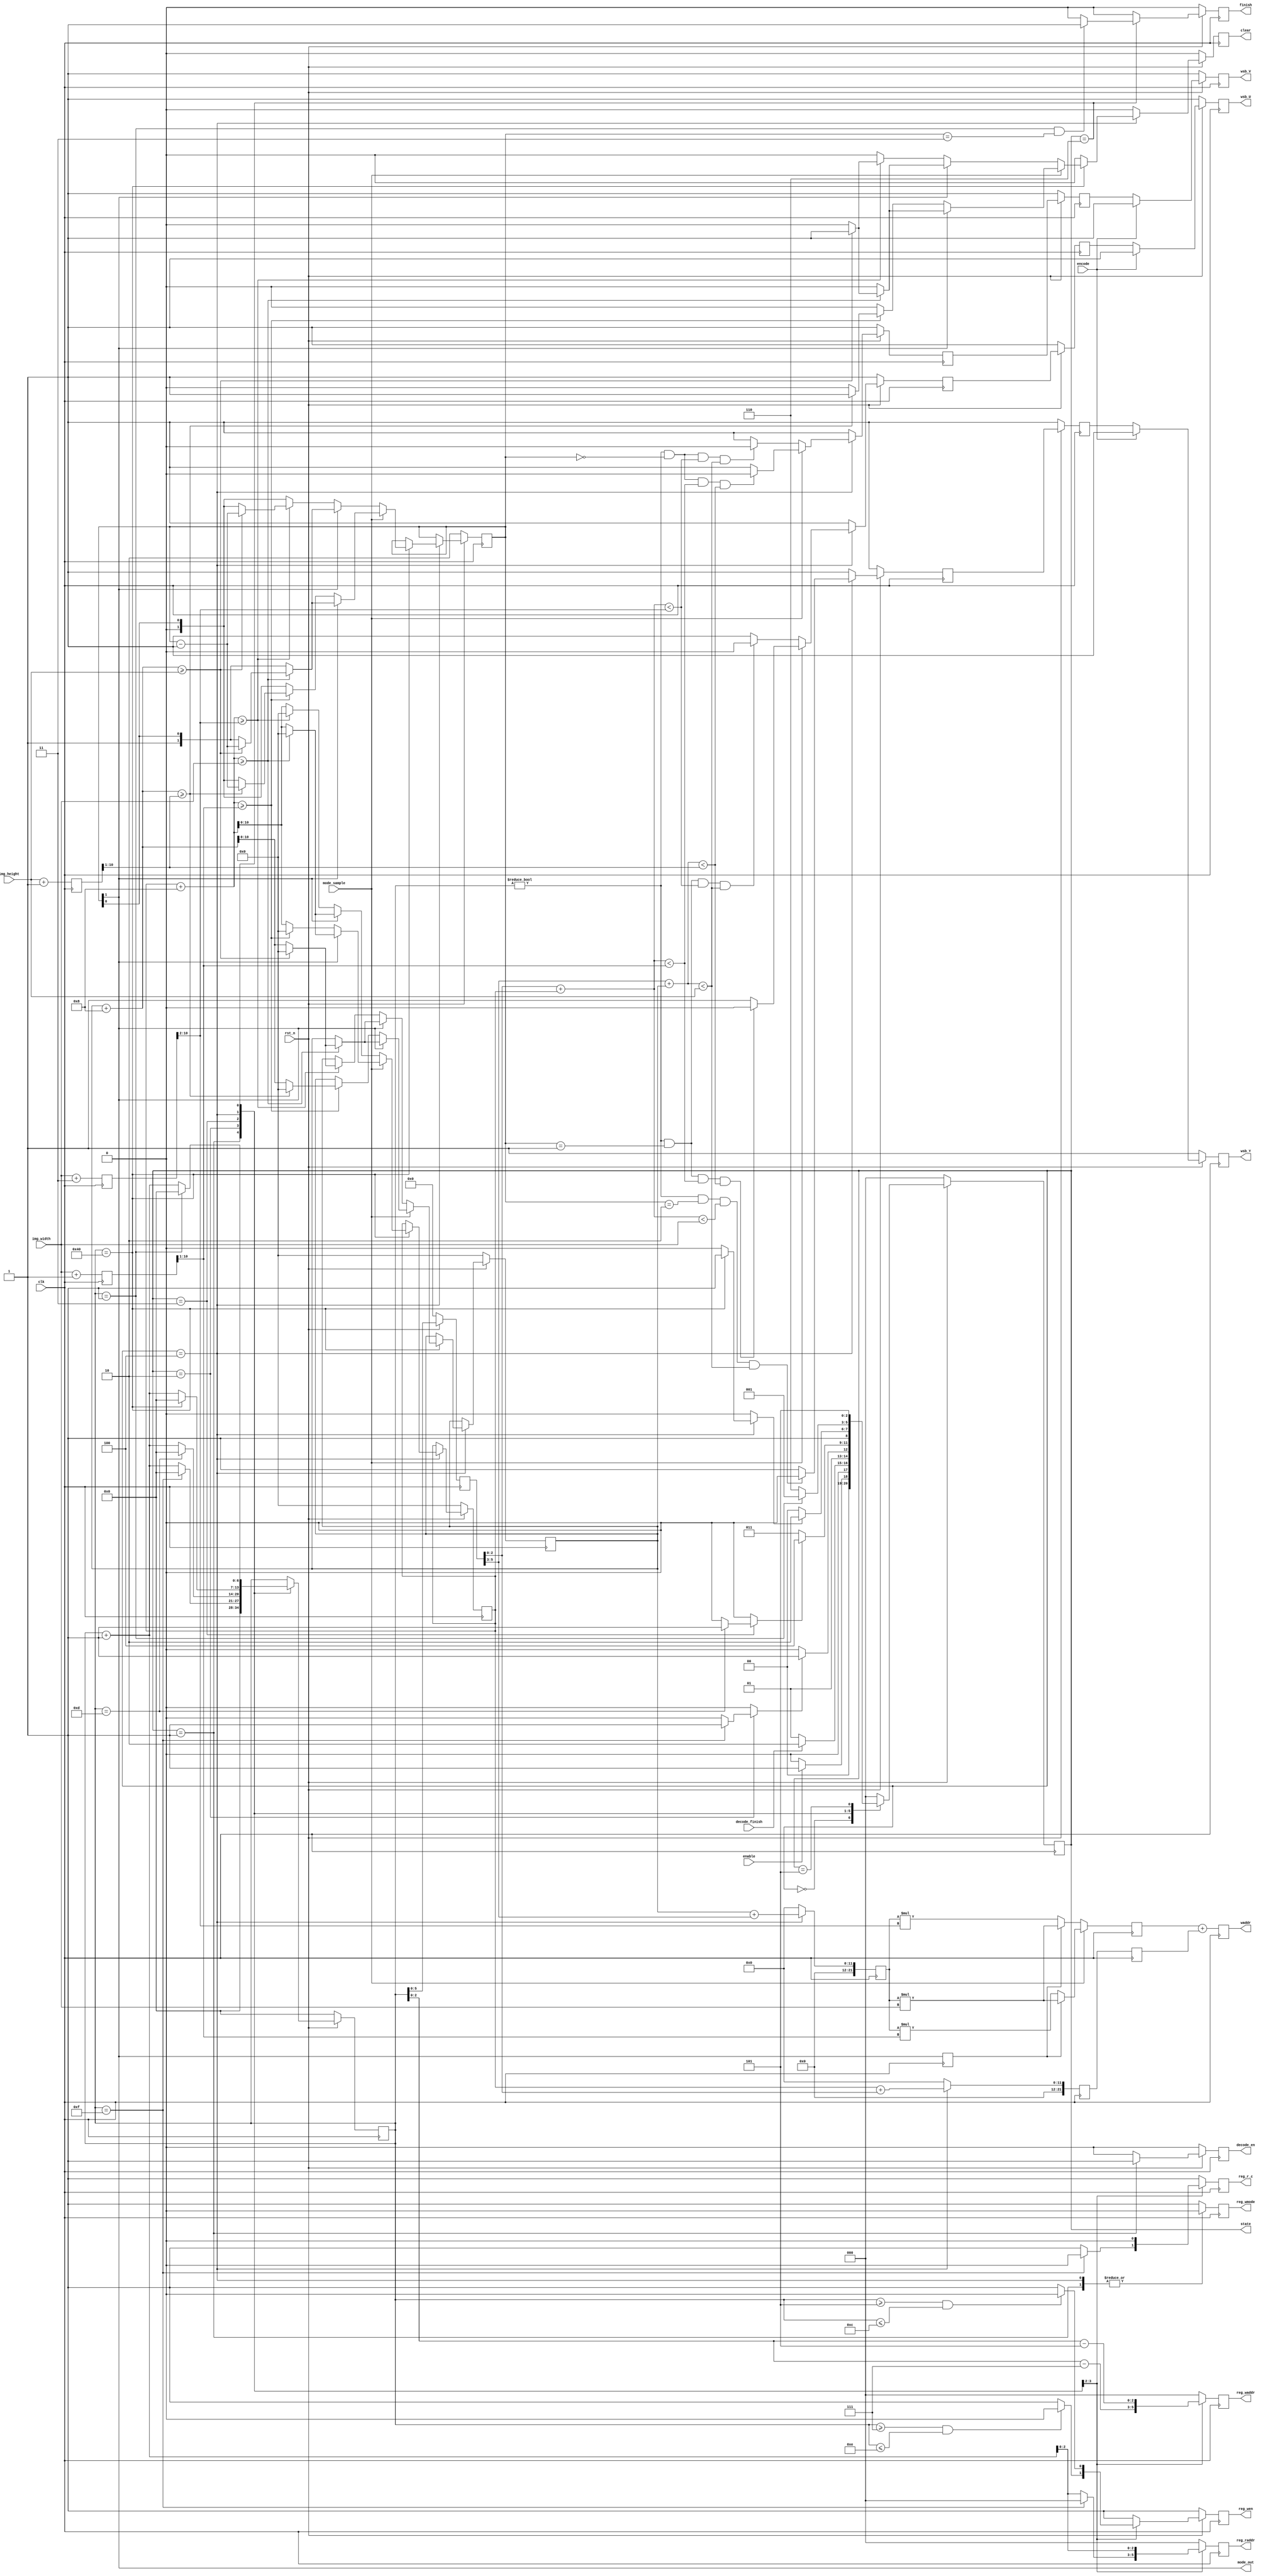
module control_de
#(
parameter SRAM_ADDR_W  = 22,
parameter IMG_SIZE     = 11
)
(
input clk,
input rst_n,
input enable,
input encode,
input mode_sample,
input decode_finish,
input [IMG_SIZE-1:0] img_width,
input [IMG_SIZE-1:0] img_height,

output reg [2:0] state,
output reg decode_en,
output reg reg_wen,
output reg reg_r_c,
output reg reg_wmode,
output reg [2:0] reg_raddr,
output reg [2:0] reg_waddr,
output reg wsb_Y,
output reg wsb_U,
output reg wsb_V,
output reg [SRAM_ADDR_W-1:0] waddr,
output reg finish,
output reg mode_out,
output reg clear
);

localparam IDLE = 3'd0, DECO = 3'd1, IDCT1 = 3'd2, IDCT2 = 3'd3, WRITE = 3'd4, FINI = 3'd5, WAIT = 3'd6;

reg [2:0] nstate;
reg nreg_wen;
reg nreg_r_c;
reg nreg_wmode;
reg [2:0] nreg_raddr;
reg [2:0] nreg_waddr;
reg IDCT1_done;
reg IDCT2_done;
reg WRITE_done;
reg nwsb_Y, nnwsb_Y, nnnwsb_Y;
reg nwsb_U, nnwsb_U, nnnwsb_U;
reg nwsb_V, nnwsb_V, nnnwsb_V;
reg [SRAM_ADDR_W-1:0] nwaddr1, nwaddr2;
reg [SRAM_ADDR_W-1:0] nnwaddr1, nnwaddr2, nnwaddr1_o;
reg [SRAM_ADDR_W-1:0] nnnwaddr1, nnnwaddr2;
reg nfinish;
reg ndecode_en;
reg [1:0] mode, nmode;        // 10: Y, 01: U, 00: V
reg [6:0] cnt, ncnt, cnt_d;
reg mode_out_d;
reg [IMG_SIZE-1:0] cnt_block_row, cnt_block_row_nx;
reg [IMG_SIZE-1:0] cnt_block_col, cnt_block_col_nx;
reg clear_nx;

reg [IMG_SIZE-1:0] img_width_1, img_width_1_nx;
reg [IMG_SIZE-1:0] img_width_2, img_width_2_nx;
reg [IMG_SIZE-1:0] img_height_2, img_height_2_nx;

always@(posedge clk) begin
  if(~rst_n) state <= IDLE;
  else state <= nstate;
end

always@(posedge clk) begin
  if(~rst_n) begin
	cnt <= 0;
	wsb_Y <= 1;
	wsb_U <= 1;
	wsb_V <= 1;
	nnwsb_Y <= 1;
	nnwsb_U <= 1;
	nnwsb_V <= 1;
	nnnwsb_Y <= 1;
	nnnwsb_U <= 1;
	nnnwsb_V <= 1;
	finish <= 0;
	decode_en <= 0;
	mode <= 2;
	cnt_block_row <= 0;
	cnt_block_col <= 0;
	cnt_d <= 0;
	clear <= 0;
  end
  else begin
	cnt <= ncnt;
	cnt_d <= cnt;
	wsb_Y <= encode ? 1 : nnnwsb_Y;
	wsb_U <= encode ? 1 : nnnwsb_U;
	wsb_V <= encode ? 1 : nnnwsb_V;
	nnnwsb_Y <= nnwsb_Y;
	nnnwsb_U <= nnwsb_U;
	nnnwsb_V <= nnwsb_V;	
	nnwsb_Y <= nwsb_Y;
	nnwsb_U <= nwsb_U;
	nnwsb_V <= nwsb_V;
	finish <= nfinish; 
	decode_en <= ndecode_en;
        mode <= nmode;
	cnt_block_row <= cnt_block_row_nx;
	cnt_block_col <= cnt_block_col_nx;
	clear <= clear_nx;
  end
  waddr <= nnnwaddr1 + nnnwaddr2;
  nnnwaddr1 <= nnwaddr1_o;
  nnwaddr1 <= nwaddr1;
  nnnwaddr2 <= nnwaddr2;
  nnwaddr2 <= nwaddr2;
  img_width_1 <= img_width_1_nx;
  img_width_2 <= img_width_2_nx;
  img_height_2 <= img_height_2_nx;
  mode_out_d <= mode_out;
end

always @(posedge clk)
begin
	if(~rst_n) begin
		reg_wen <= 1;
	end
	else begin
  		reg_wen <= nreg_wen;
	end
  		reg_r_c <= nreg_r_c;
  		reg_wmode <= nreg_wmode;
  		reg_raddr <= nreg_raddr;
  		reg_waddr <= nreg_waddr;
end

always@* begin
  case(state) 
    IDLE:  nstate = enable ? DECO : IDLE;
    DECO:  nstate = decode_finish ? IDCT1 : DECO;
    IDCT1: nstate = IDCT1_done ? IDCT2 : IDCT1;
    IDCT2: nstate = IDCT2_done ? WRITE : IDCT2;
    WRITE: nstate = WRITE_done ? WAIT  : WRITE;
    WAIT:  nstate = (cnt == 1) ? DECO  : WAIT;
    FINI:  nstate = FINI;
    default: nstate = IDLE;
  endcase
end

always@* begin
	img_width_1_nx = img_width + 3;
	img_width_2_nx = img_width + 1;
	img_height_2_nx = img_height + 1;
end

// counter
always@* begin
  ncnt = cnt;
  cnt_block_row_nx = cnt_block_row;
  cnt_block_col_nx = cnt_block_col;
  nmode = mode;
  nfinish = 0;
  clear_nx = 0;
  case(state)
    DECO: begin
      ncnt = 0;
      cnt_block_row_nx = cnt_block_row;
      cnt_block_col_nx = cnt_block_col;
      nmode = mode;
      nfinish = 0;
      clear_nx = 0;
    end
    IDCT1: begin
      if (cnt == 15) begin  
        ncnt = 0;
      end
      else begin
        ncnt = cnt + 1;
      end
      cnt_block_row_nx = cnt_block_row;
      cnt_block_col_nx = cnt_block_col;
      nmode = mode;
      nfinish = 0;
      clear_nx = 0;
    end
    IDCT2: begin
      if (cnt == 13) begin  
        ncnt = 0;
      end
      else begin
        ncnt = cnt + 1;
      end
      cnt_block_row_nx = cnt_block_row;
      cnt_block_col_nx = cnt_block_col;
      nmode = mode;
      nfinish = 0;
      clear_nx = 0;
    end
    WRITE: begin
      nfinish = 0;
      if (cnt == 64) begin
        ncnt = 0;
        if(!mode_sample) begin //411
          if(mode_out) begin   //Y
            if(cnt_block_col + 8 >= img_width) begin
              if(cnt_block_row + 8 >= img_height) begin
                cnt_block_row_nx = 0;
                cnt_block_col_nx = 0;
                nmode = mode - 1;
                clear_nx = 1;
              end
              else begin
                cnt_block_row_nx = cnt_block_row + 8;
                cnt_block_col_nx = 0;
                nmode = mode;
                clear_nx = 0;
              end
            end
            else begin
              cnt_block_row_nx = cnt_block_row;
              cnt_block_col_nx = cnt_block_col + 8;
              nmode = mode;
              clear_nx = 0;
            end
          end
          else begin              // UV
            if(cnt_block_col + 8 >= img_width_1[IMG_SIZE-1:2]) begin
              if(cnt_block_row + 8 >= img_height) begin
                cnt_block_row_nx = 0;
                cnt_block_col_nx = 0;
                nmode = mode - 1;
                clear_nx = 1;
              end
              else begin
                cnt_block_row_nx = cnt_block_row + 8;
                cnt_block_col_nx = 0;
                nmode = mode;
                clear_nx = 0;
              end
            end
            else begin
              cnt_block_row_nx = cnt_block_row;
              cnt_block_col_nx = cnt_block_col + 8;
              nmode = mode;
              clear_nx = 0;
            end
          end
	end
	else begin            // 420
          if(mode_out) begin   //Y
            if(cnt_block_col + 8 >= img_width) begin
              if(cnt_block_row + 8 >= img_height) begin
                cnt_block_row_nx = 0;
                cnt_block_col_nx = 0;
                nmode = mode - 1;
                clear_nx = 1;
              end
              else begin
                cnt_block_row_nx = cnt_block_row + 8;
                cnt_block_col_nx = 0;
                nmode = mode;
                clear_nx = 0;
              end
            end
            else begin
              cnt_block_row_nx = cnt_block_row;
              cnt_block_col_nx = cnt_block_col + 8;
              nmode = mode;
              clear_nx = 0;
            end
          end
          else begin              // UV
            if(cnt_block_col + 8 >= img_width_2[IMG_SIZE-1:1]) begin
              if(cnt_block_row + 8 >= img_height_2[IMG_SIZE-1:1]) begin
                cnt_block_row_nx = 0;
                cnt_block_col_nx = 0;
                nmode = mode - 1;
                clear_nx = 1;
              end
              else begin
                cnt_block_row_nx = cnt_block_row + 8;
                cnt_block_col_nx = 0;
                nmode = mode;
                clear_nx = 0;
              end
            end
            else begin
              cnt_block_row_nx = cnt_block_row;
              cnt_block_col_nx = cnt_block_col + 8;
              nmode = mode;
              clear_nx = 0;
            end
          end
	end
      end
      else begin
        ncnt = cnt + 1;
        cnt_block_row_nx = cnt_block_row;
        cnt_block_col_nx = cnt_block_col;
        nmode = mode;
        clear_nx = 0;
      end
    end
    WAIT: begin
      if (cnt == 1) begin
        ncnt = 0;
      end
      else begin
        ncnt = cnt + 1;
      end
      cnt_block_row_nx = cnt_block_row;
      cnt_block_col_nx = cnt_block_col;
      nmode = mode;

      if(cnt == 1 && mode == 3) nfinish = 1;
      else nfinish = 0;
      clear_nx = 0;
    end
    default: begin
      ncnt = cnt;
      cnt_block_row_nx = cnt_block_row;
      cnt_block_col_nx = cnt_block_col;
      nmode = mode;
      nfinish = 0;
      clear_nx = 0;
    end
  endcase
end
// control signal
always@* begin
  ndecode_en = 0;
  nreg_wen = 1;
  nreg_r_c = 1;
  nreg_wmode = 1;
  nreg_raddr = 0;
  nreg_waddr = 0;
  IDCT1_done = 0;
  IDCT2_done = 0;
  WRITE_done = 0;
  mode_out = mode[1];
  case(state)
    DECO: begin
      ndecode_en = 1;
      nreg_wen = 1;
      nreg_r_c = 1;
      nreg_wmode = 0;
      nreg_raddr = 0;
      nreg_waddr = 0;
      IDCT1_done = 0;
      IDCT2_done = 0;
      WRITE_done = 0;
    end
    IDCT1: begin
      ndecode_en = 0;
      nreg_wmode = 1;
      IDCT2_done = 0;
      WRITE_done = 0;

      nreg_waddr = cnt - 7;
      if(cnt >= 7 && cnt <= 14) begin  
        nreg_wen = 0;
      end
      else begin
        nreg_wen = 1;
      end
      IDCT1_done = (cnt == 15) ? 1 : 0;
      nreg_raddr = (cnt == 15) ? 0 : (cnt + 1);
      nreg_r_c = (cnt == 15) ? 0 : 1;
    end
    IDCT2: begin
      ndecode_en = 0;
      nreg_r_c = 0;
      nreg_wmode = 1;
      IDCT1_done = 0;
      WRITE_done = 0;

      nreg_raddr = cnt + 1;
      nreg_waddr = cnt - 5;
      if(cnt >= 5 && cnt <= 12) begin  
        nreg_wen = 0;
      end
      else begin
        nreg_wen = 1;
      end
      IDCT2_done = (cnt == 13) ? 1 : 0;
    end
    WRITE: begin
      ndecode_en = 0;
      nreg_wen = 1;
      nreg_r_c = 1;
      nreg_wmode = 0;
      nreg_raddr = 0;
      nreg_waddr = 0;
      IDCT1_done = 0;
      IDCT2_done = 0;
      WRITE_done = (cnt == 64) ? 1 : 0;
    end
    default: begin
      ndecode_en = 0;
      nreg_wen = 1;
      nreg_r_c = 1;
      nreg_wmode = 1;
      nreg_raddr = 0;
      nreg_waddr = 0;
      IDCT1_done = 0;
      IDCT2_done = 0;
      WRITE_done = 0;
    end
  endcase
end

always@* begin
	nwsb_Y = 1;
        nwsb_U = 1;
        nwsb_V = 1;
        nwaddr1 = 0;
	nwaddr2 = 0;
        nnwaddr1_o = 0;
	case(state)
		WRITE: begin
			nwsb_Y = (cnt != 0 && mode == 2 && (cnt_d[2:0] + cnt_block_col < img_width) && (cnt_d[5:3] + cnt_block_row < img_height)) ? 0 : 1;
			if(!mode_sample) begin
				nwsb_U = (cnt != 0 && mode == 1 && (cnt_d[2:0] + cnt_block_col < {2'b0, img_width_1[IMG_SIZE-1:2]}) && (cnt_d[5:3] + cnt_block_row < img_height)) ? 0 : 1;
				nwsb_V = (cnt != 0 && mode == 0 && (cnt_d[2:0] + cnt_block_col < {2'b0, img_width_1[IMG_SIZE-1:2]}) && (cnt_d[5:3] + cnt_block_row < img_height)) ? 0 : 1;
			end
			else begin
				nwsb_U = (cnt != 0 && mode == 1 && (cnt_d[2:0] + cnt_block_col < {1'b0, img_width_2[IMG_SIZE-1:1]}) && (cnt_d[5:3] + cnt_block_row < {1'b0, img_height_2[IMG_SIZE-1:1]})) ? 0 : 1;
				nwsb_V = (cnt != 0 && mode == 0 && (cnt_d[2:0] + cnt_block_col < {1'b0, img_width_2[IMG_SIZE-1:1]}) && (cnt_d[5:3] + cnt_block_row < {1'b0, img_height_2[IMG_SIZE-1:1]})) ? 0 : 1;
			end
			nwaddr1 = (cnt_block_row + cnt_d[5:3]);
			nwaddr2 = (cnt_block_col + cnt_d[2:0]);
		end
		default: begin
			nwsb_Y = 1;
        		nwsb_U = 1;
        		nwsb_V = 1;
        		nwaddr1 = 0;
			nwaddr2 = 0;
		end
	endcase
	if(!mode_sample) begin
		if(mode_out_d) begin
                	nnwaddr1_o = nnwaddr1 * img_width;
		end
		else begin
			nnwaddr1_o = nnwaddr1 * img_width_1[IMG_SIZE-1:2];
		end
	end
	else begin
		if(mode_out_d) begin
			nnwaddr1_o = nnwaddr1 * img_width;
		end
		else begin
			nnwaddr1_o = nnwaddr1 * img_width_2[IMG_SIZE-1:1];
		end
	end
end





endmodule